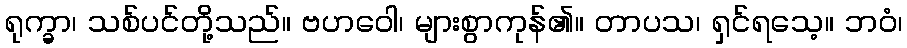
ရုက္ခာ၊ သစ်ပင်တို့သည်။ ဗဟဝေါ၊ များစွာကုန်၏။ တာပသ၊ ရှင်ရသေ့။ ဘဝံ၊